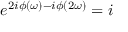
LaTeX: e ^ { 2 i \phi ( \omega ) - i \phi ( 2 \omega ) } = i